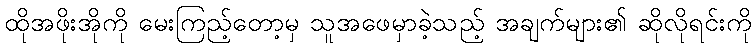
ထိုအဖိုးအိုကို မေးကြည့်တော့မှ သူအဖေမှာခဲ့သည့် အချက်များ၏ ဆိုလိုရင်းကို